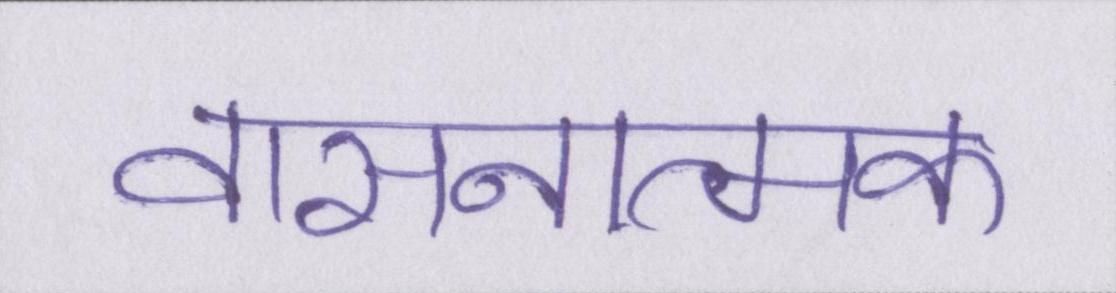
वासनात्मक